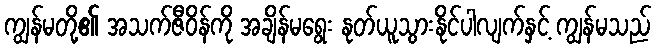
ကျွန်မတို့၏ အသက်ဇီဝိန်ကို အချိန်မရွေး နုတ်ယူသွားနိုင်ပါလျက်နှင့် ကျွန်မသည်